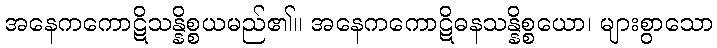
အနေကကောဋိသန္နိစ္စယမည်၏။ အနေကကောဋိဓနသန္နိစ္စယော၊ များစွာသော